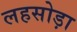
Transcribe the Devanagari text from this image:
लहसोड़ा